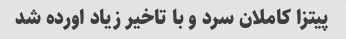
پیتزا کاملان سرد و با تاخیر زیاد اورده شد